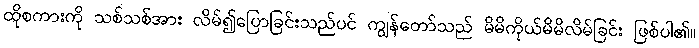
ထိုစကားကို သစ်သစ်အား လိမ်၍ပြောခြင်းသည်ပင် ကျွန်တော်သည် မိမိကိုယ်မိမိလိမ်ခြင်း ဖြစ်ပါ၏။